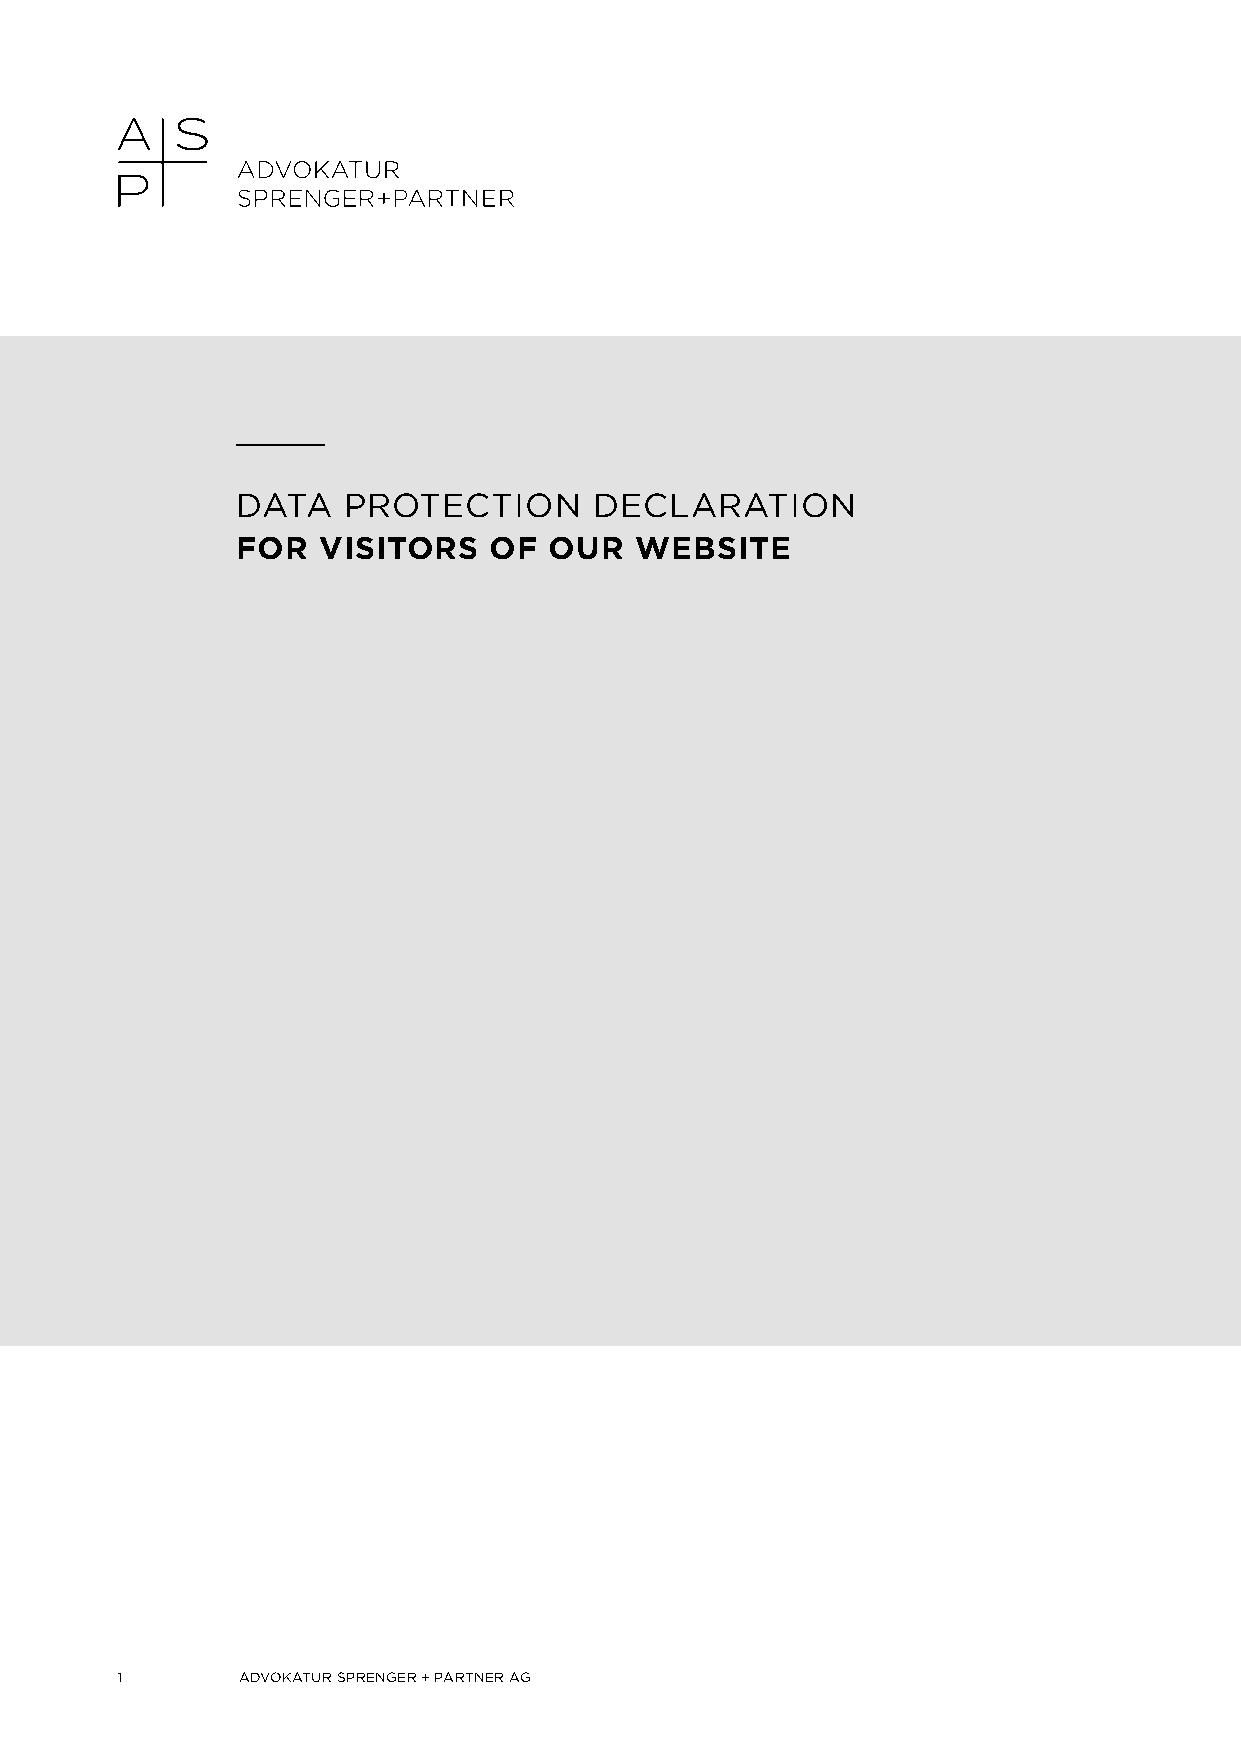
DATA   PROTECTION      DECLARATION
 FOR  VISITORS   OF  OUR   WEBSITE
 1       ADVOKATUR SPRENGER + PARTNER AG